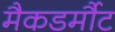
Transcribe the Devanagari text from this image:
मैकडर्मौट